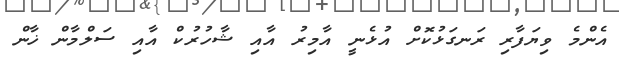
އެންމެ ވިޔަފާރި ރަނގަޅުކޮށް އުޅެނީ އާމިރު އާއި ޝާހުރުކް އާއި ސަލްމާން ޚާން